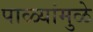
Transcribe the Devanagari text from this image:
पाळ्यांमुळे